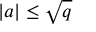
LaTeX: | a | \leq { \sqrt { q } }